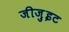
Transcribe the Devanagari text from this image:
जीजु़इट